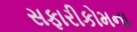
સફારીકોમના